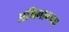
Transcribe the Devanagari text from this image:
प्रथिनानच्या